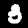
Digit: 3